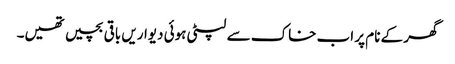
گھر کے نام پر اب خاک سے لپٹی ہوئی دیواریں باقی بچیں تھیں۔